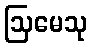
ဩမေသု